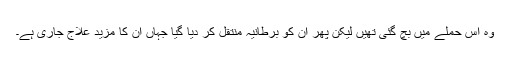
وہ اس حملے میں بچ گئی تھیں لیکن پھر ان کو برطانیہ منتقل کر دیا گیا جہاں ان کا مزید علاج جاری ہے۔